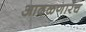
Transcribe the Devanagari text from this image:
आढळणारच